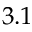
3 . 1